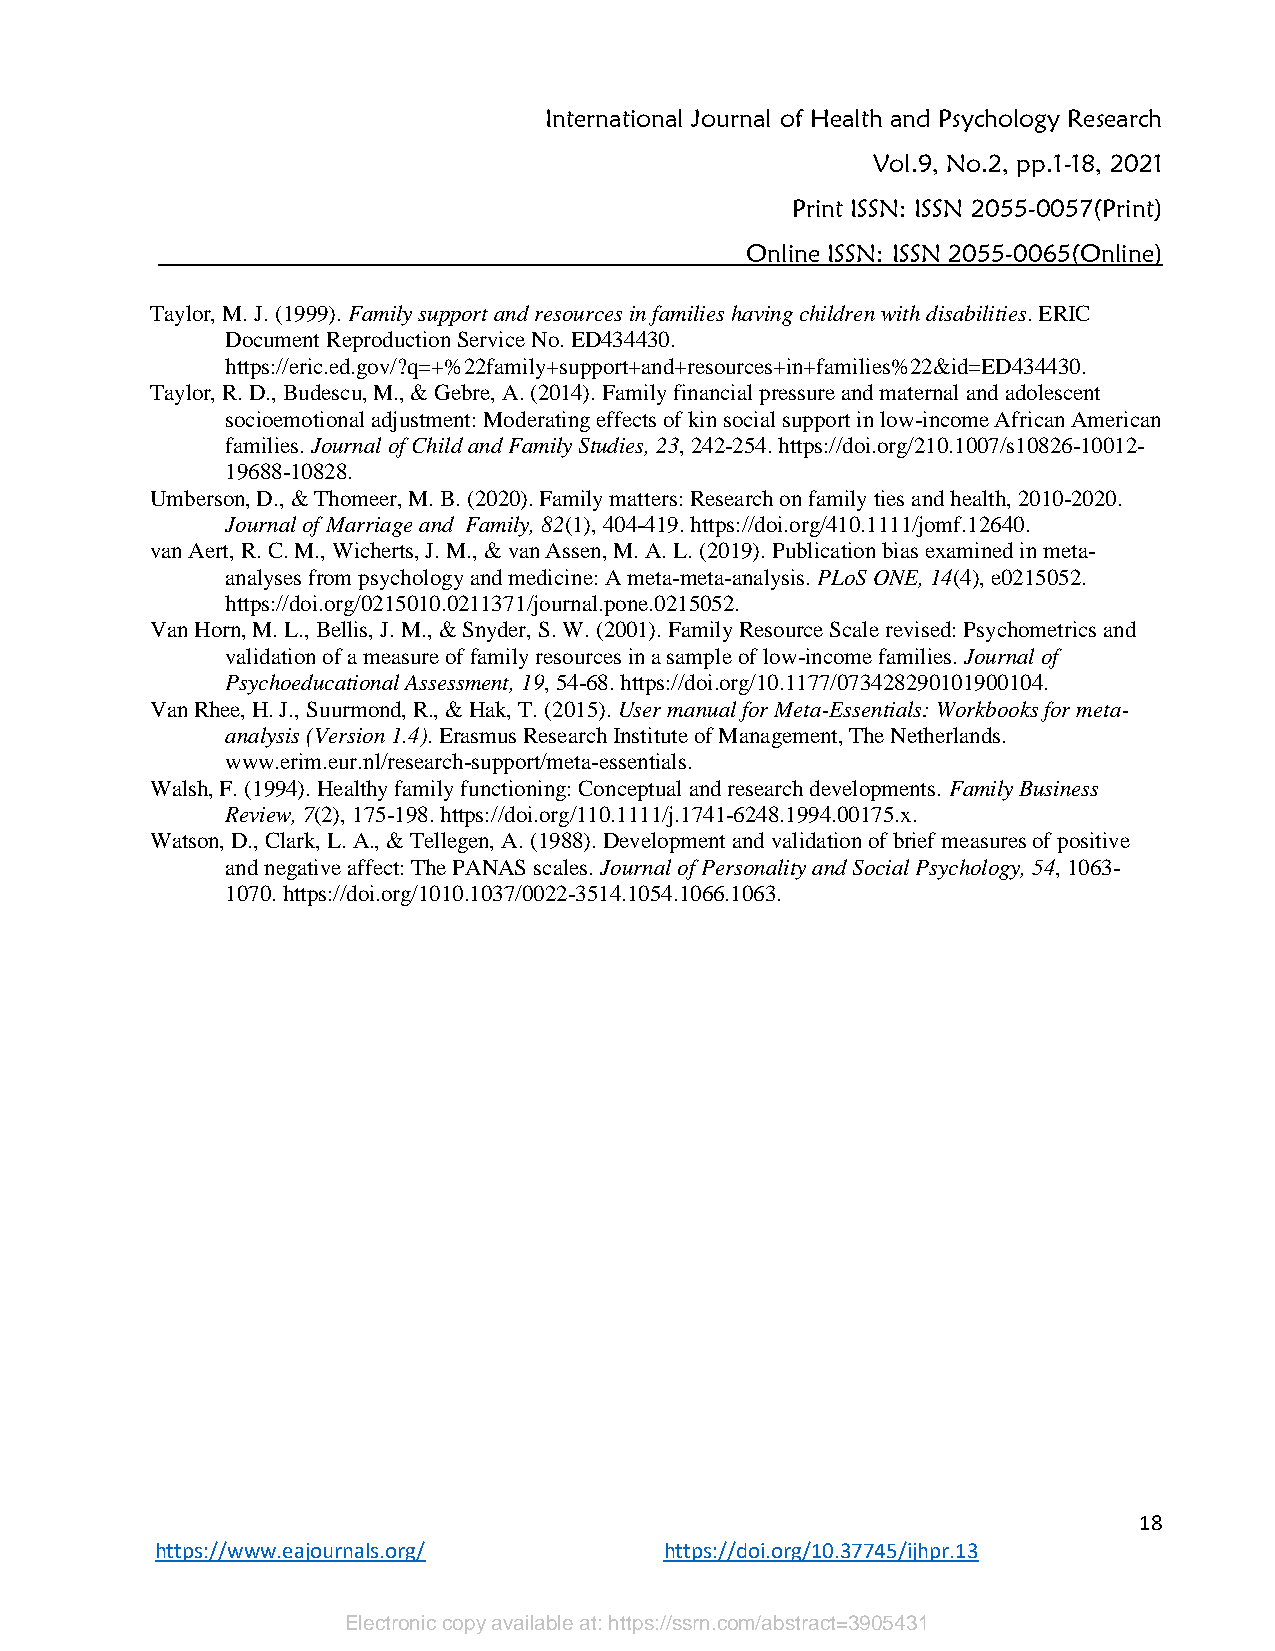
International Journal of Health and Psychology Research
 Vol.9, No.2, pp.1-18, 2021
 Print ISSN: ISSN 2055-0057(Print)
 Online ISSN: ISSN 2055-0065(Online)
 Taylor, M. J. (1999). Family support and resources in families having children with disabilities. ERIC
 Document Reproduction Service No. ED434430.
 https://eric.ed.gov/?q=+%22family+support+and+resources+in+families%22&id=ED434430.
 Taylor, R. D., Budescu, M., & Gebre, A. (2014). Family financial pressure and maternal and adolescent
 socioemotional adjustment: Moderating effects of kin social support in low-income African American
 families. Journal of Child and Family Studies, 23, 242-254. https://doi.org/210.1007/s10826-10012-
 19688-10828.
 Umberson, D., & Thomeer, M. B. (2020). Family matters: Research on family ties and health, 2010-2020.
 Journal of Marriage and Family, 82(1), 404-419. https://doi.org/410.1111/jomf.12640.
 van Aert, R. C. M., Wicherts, J. M., & van Assen, M. A. L. (2019). Publication bias examined in meta-
 analyses from psychology and medicine: A meta-meta-analysis. PLoS ONE, 14(4), e0215052.
 https://doi.org/0215010.0211371/journal.pone.0215052.
 Van Horn, M. L., Bellis, J. M., & Snyder, S. W. (2001). Family Resource Scale revised: Psychometrics and
 validation of a measure of family resources in a sample of low-income families. Journal of
 Psychoeducational Assessment, 19, 54-68. https://doi.org/10.1177/073428290101900104.
 Van Rhee, H. J., Suurmond, R., & Hak, T. (2015). User manual for Meta-Essentials: Workbooks for meta-
 analysis (Version 1.4). Erasmus Research Institute of Management, The Netherlands.
 www.erim.eur.nl/research-support/meta-essentials.
 Walsh, F. (1994). Healthy family functioning: Conceptual and research developments. Family Business
 Review, 7(2), 175-198. https://doi.org/110.1111/j.1741-6248.1994.00175.x.
 Watson, D., Clark, L. A., & Tellegen, A. (1988). Development and validation of brief measures of positive
 and negative affect: The PANAS scales. Journal of Personality and Social Psychology, 54, 1063-
 1070. https://doi.org/1010.1037/0022-3514.1054.1066.1063.
 18
 https://www.eajournals.org/       https://doi.org/10.37745/ijhpr.13
 Electronic copy available at: https://ssrn.com/abstract=3905431